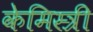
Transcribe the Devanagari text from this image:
केमिस्त्री